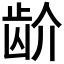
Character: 𬹼